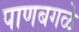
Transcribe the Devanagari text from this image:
पाणबगळे